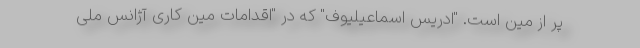
پر از مین است. "ادریس اسماعیلیوف" که در "اقدامات مین کاری آژانس ملی